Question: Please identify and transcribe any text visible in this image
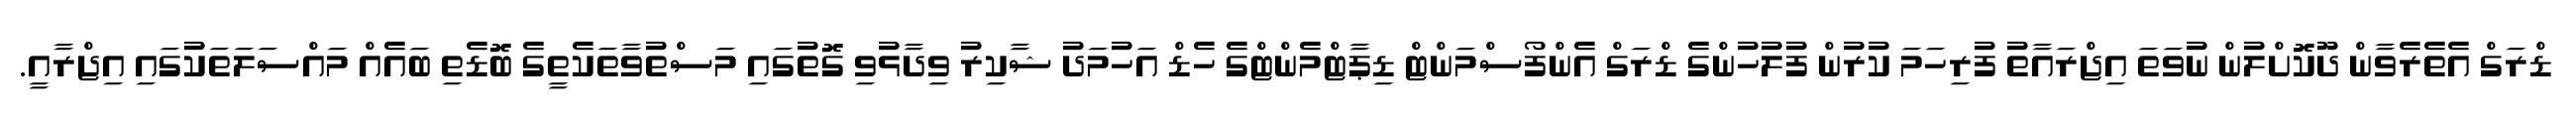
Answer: ޑްރަގް އެތެރެވާން ދޫކޮށްލުން ނުވަތަ އިޖްރައާތު ފުރިހަމަ ކުރުން ފުލުހުންގެ ޑްރަގް އެންފޯސްމަންޓް ޑިޕާޓްމެންޓްގެ ހެޑް އަހުމަދު ޝާކިރު ވިދާޅުވި ގޮތުގައި މަސްތުވާތަކެތީގެ ބޮޑެތި ބައެއް މައްސަލަތަކުގައި އިޖްރާއީ.